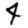
Digit: 4